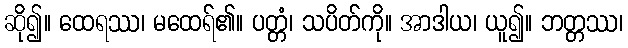
ဆို၍။ ထေရဿ၊ မထေရ်၏။ ပတ္တံ၊ သပိတ်ကို။ အာဒါယ၊ ယူ၍။ ဘတ္တဿ၊